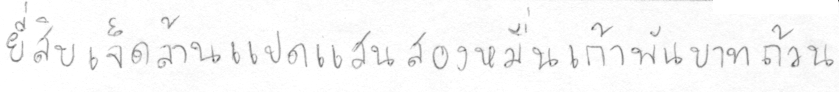
ยี่สิบเจ็ดล้านแปดแสนสองหมื่นเก้าพันบาทถ้วน